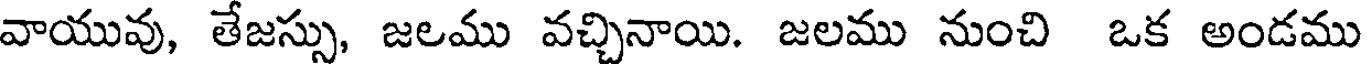
వాయువు, తేజస్సు, జలము వచ్చినాయి. జలము నుంచి ఒక అండము